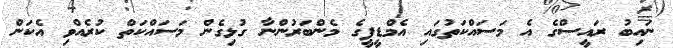
ނައިބު ރައީސްގެ އެ މަސައްކަތުގައި އެމްޑީޕީގެ މެންބަރުންނާ ގުޅިގެން މަސައްކަތް ކުރެއްވި އެކަން